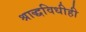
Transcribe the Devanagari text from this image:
श्राद्धविधीही